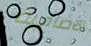
الاضافية